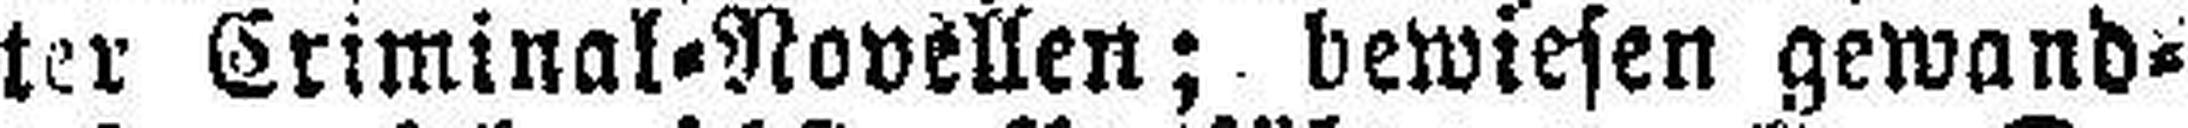
ter Criminal=Novellen; bewiesen gewand¬